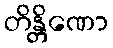
တိန္တိဏော